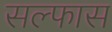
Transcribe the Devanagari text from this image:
सल्फास